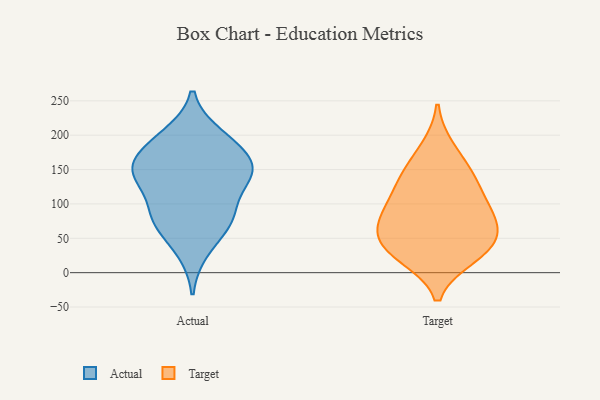
{"axis": {"x": "Operating Costs (USD K)", "y": "Value"}, "legend": ["Actual", "Target"], "data": [{"x": "", "y": 148, "type": "Actual"}, {"x": "", "y": 83, "type": "Actual"}, {"x": "", "y": 71, "type": "Actual"}, {"x": "", "y": 200, "type": "Actual"}, {"x": "", "y": 137, "type": "Actual"}, {"x": "", "y": 156, "type": "Actual"}, {"x": "", "y": 138, "type": "Actual"}, {"x": "", "y": 157, "type": "Actual"}, {"x": "", "y": 140, "type": "Actual"}, {"x": "", "y": 80, "type": "Actual"}, {"x": "", "y": 183, "type": "Actual"}, {"x": "", "y": 32, "type": "Actual"}, {"x": "", "y": 84, "type": "Actual"}, {"x": "", "y": 193, "type": "Actual"}, {"x": "", "y": 93, "type": "Target"}, {"x": "", "y": 77, "type": "Target"}, {"x": "", "y": 72, "type": "Target"}, {"x": "", "y": 94, "type": "Target"}, {"x": "", "y": 145, "type": "Target"}, {"x": "", "y": 25, "type": "Target"}, {"x": "", "y": 181, "type": "Target"}, {"x": "", "y": 37, "type": "Target"}, {"x": "", "y": 23, "type": "Target"}, {"x": "", "y": 48, "type": "Target"}, {"x": "", "y": 124, "type": "Target"}, {"x": "", "y": 140, "type": "Target"}, {"x": "", "y": 52, "type": "Target"}]}